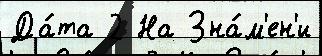
Да́та 2 На Зна́м'ен'и